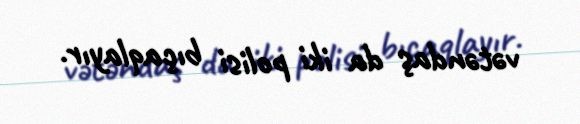
vətəndaş da iki polisi bıçaqlayır.